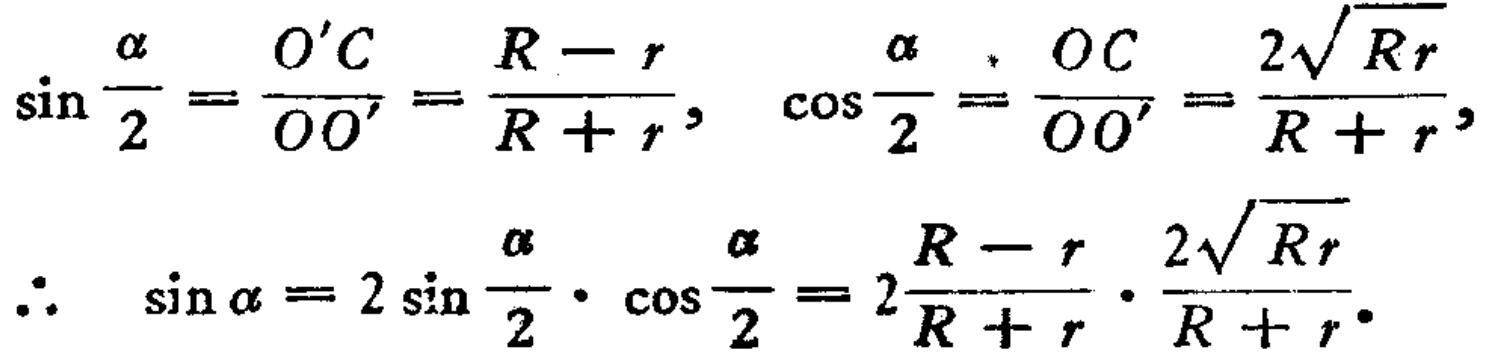
\[\sin \frac{\alpha}{2}=\frac{O'C}{OO'}=\frac{R - r}{R + r},\quad \cos \frac{\alpha}{2}=\frac{OC}{OO'}=\frac{2\sqrt{Rr}}{R + r},\]

\[\therefore\quad \sin \alpha = 2\sin \frac{\alpha}{2}\cdot\cos \frac{\alpha}{2}=2\frac{R - r}{R + r}\cdot\frac{2\sqrt{Rr}}{R + r}.\]